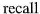
recall.